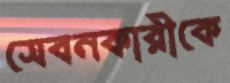
সেবনকারীকে